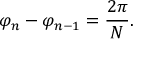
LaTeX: \varphi _ { n } - \varphi _ { n - 1 } = { \frac { 2 \pi } { N } } .